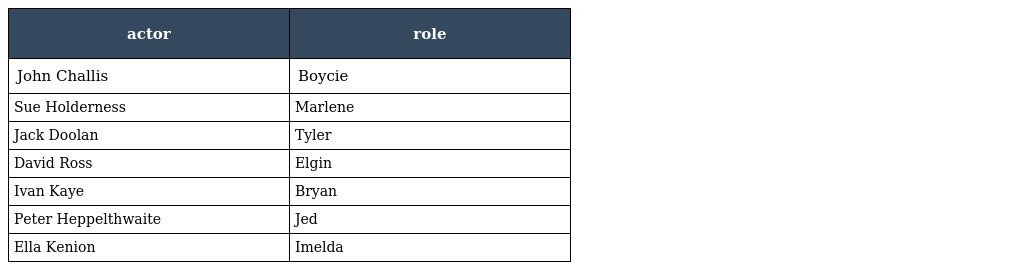
| actor | role |
 | --- | --- |
 | John Challis | Boycie |
 | Sue Holderness | Marlene |
 | Jack Doolan | Tyler |
 | David Ross | Elgin |
 | Ivan Kaye | Bryan |
 | Peter Heppelthwaite | Jed |
 | Ella Kenion | Imelda |